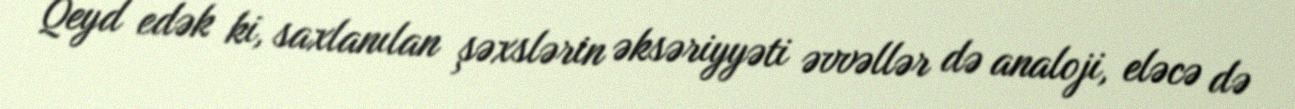
Qeyd edək ki, saxlanılan şəxslərin əksəriyyəti əvvəllər də analoji, eləcə də